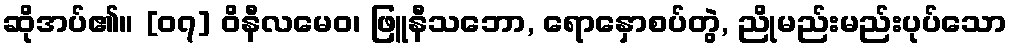
ဆိုအပ်၏။ [၀၇] ဝိနီလမေဝ၊ ဖြူနီသဘော, ရောနှောစပ်တွဲ, ညိုမည်းမည်းပုပ်သော